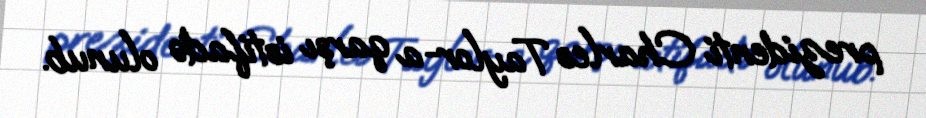
prezidenti Charles Taylor-a qarşı istifadə olunub.